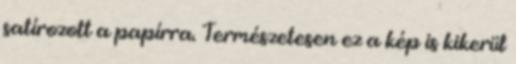
satírozott a papírra. Természetesen ez a kép is kikerül